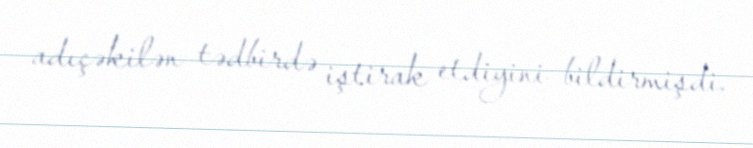
adıçəkilən tədbirdə iştirak etdiyini bildirmişdi.